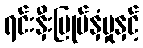
ရင်းနှီးမြုပ်နှံမှုနှင့်